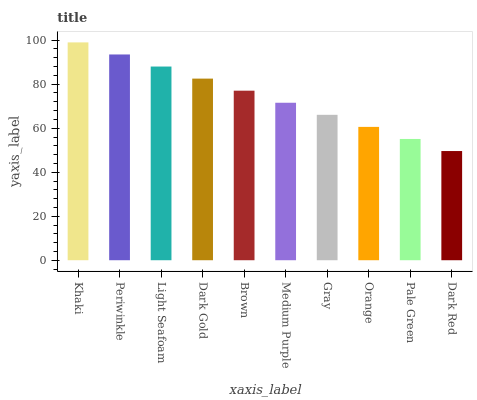
| xaxis_label | bars |
 | --- | --- |
 | Khaki | 99 |
 | Periwinkle | 93.5 |
 | Light Seafoam | 88 |
 | Dark Gold | 82.5 |
 | Brown | 77.1 |
 | Medium Purple | 71.6 |
 | Gray | 66.1 |
 | Orange | 60.6 |
 | Pale Green | 55.1 |
 | Dark Red | 49.6 |